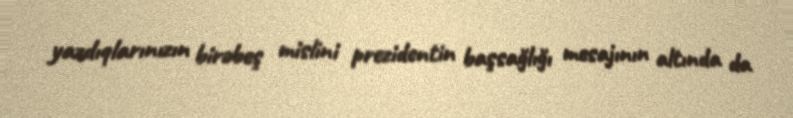
yazdıqlarınızın birəbeş mislini prezidentin başsağlığı mesajının altında da